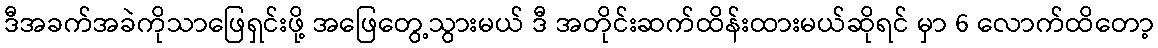
ဒီအခက်အခဲကိုသာဖြေရှင်းဖို့ အဖြေတွေ့သွားမယ် ဒီ အတိုင်းဆက်ထိန်းထားမယ်ဆိုရင် မှာ 6 လောက်ထိတော့